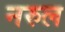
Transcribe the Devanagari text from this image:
नरुल